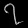
Digit: ၇